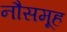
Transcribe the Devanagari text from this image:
नौसमूह